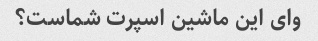
وای این ماشین اسپرت شماست؟